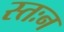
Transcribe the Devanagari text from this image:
स्तःन